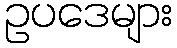
ဥပဒေများ